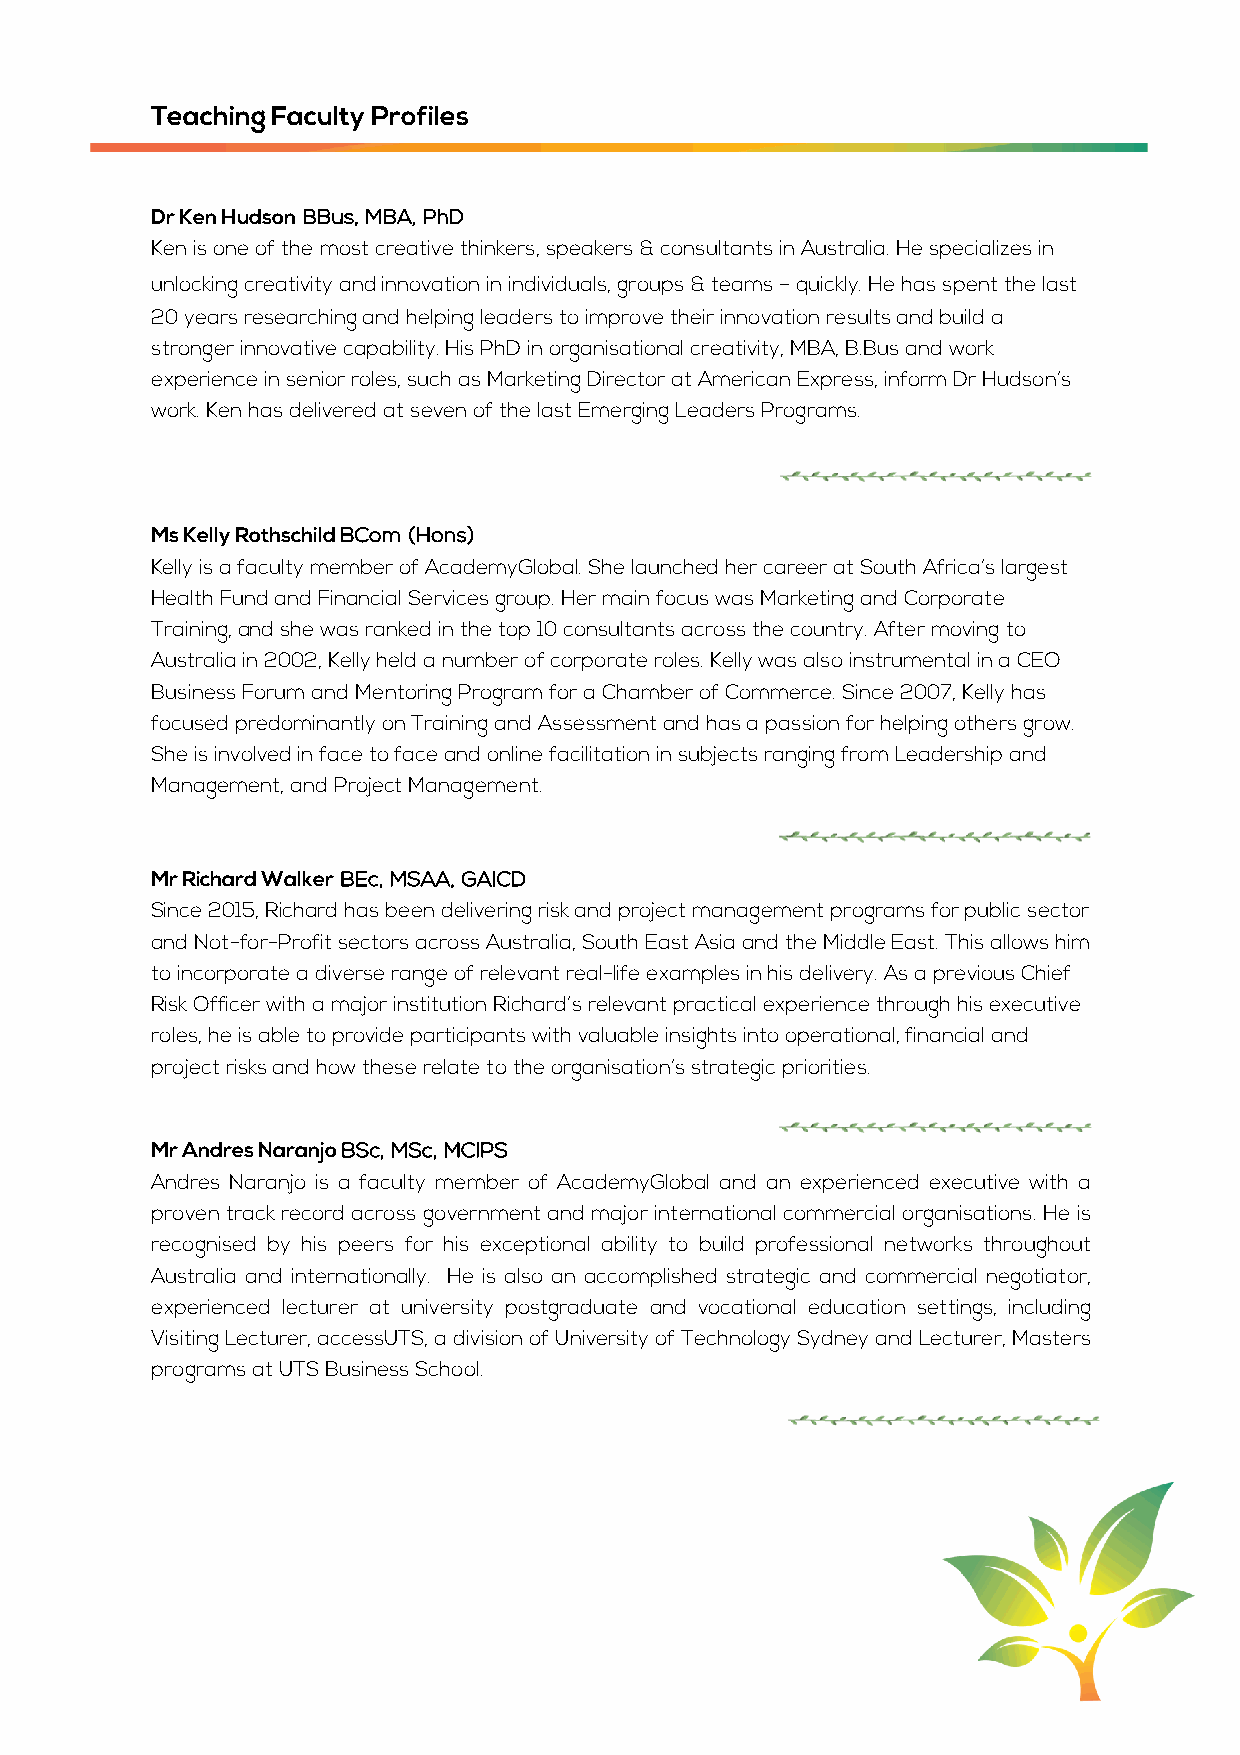
Teaching Faculty Profiles
 Dr Ken Hudson BBus, MBA, PhD
 Ken is one of the most creative thinkers, speakers & consultants in Australia. He specializes in
 unlocking creativity and innovation in individuals, groups & teams – quickly. He has spent the last
 20 years researching and helping leaders to improve their innovation results and build a
 stronger innovative capability. His PhD in organisational creativity, MBA, B.Bus and work
 experience in senior roles, such as Marketing Director at American Express, inform Dr Hudson’s
 work. Ken has delivered at seven of the last Emerging Leaders Programs.
 Ms Kelly Rothschild BCom (Hons)
 Kelly is a faculty member of AcademyGlobal. She launched her career at South Africa’s largest
 Health Fund and Financial Services group. Her main focus was Marketing and Corporate
 Training, and she was ranked in the top 10 consultants across the country. After moving to
 Australia in 2002, Kelly held a number of corporate roles. Kelly was also instrumental in a CEO
 Business Forum and Mentoring Program for a Chamber of Commerce. Since 2007, Kelly has
 focused predominantly on Training and Assessment and has a passion for helping others grow.
 She is involved in face to face and online facilitation in subjects ranging from Leadership and
 Management, and Project Management.
 Mr Richard Walker BEc, MSAA, GAICD
 Since 2015, Richard has been delivering risk and project management programs for public sector
 and Not-for-Profit sectors across Australia, South East Asia and the Middle East. This allows him
 to incorporate a diverse range of relevant real-life examples in his delivery. As a previous Chief
 Risk Officer with a major institution Richard’s relevant practical experience through his executive
 roles, he is able to provide participants with valuable insights into operational, financial and
 project risks and how these relate to the organisation’s strategic priorities.
 Mr Andres Naranjo BSc, MSc, MCIPS
 Andres Naranjo is a faculty member of AcademyGlobal and an experienced executive with a
 proven track record across government and major international commercial organisations. He is
 recognised by his peers for his exceptional ability to build professional networks throughout
 Australia and internationally. He is also an accomplished strategic and commercial negotiator,
 experienced lecturer at university postgraduate and vocational education settings, including
 Visiting Lecturer, accessUTS, a division of University of Technology Sydney and Lecturer, Masters
 programs at UTS Business School.